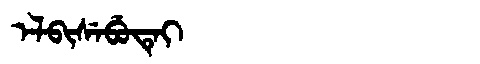
Manchu: ᡝᠯᠪᡳᠰᡝᠪᡠᡨᡝᡳ
Romanization: ELBISEBUTEI